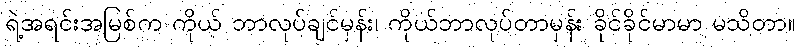
ရဲ့အရင်းအမြစ်က ကိုယ် ဘာလုပ်ချင်မှန်း၊ ကိုယ်ဘာလုပ်တာမှန်း ခိုင်ခိုင်မာမာ မသိတာ။